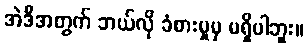
အဲဒီအတွက် ဘယ်လို ခံစားမှုမှ မရှိပါဘူး။